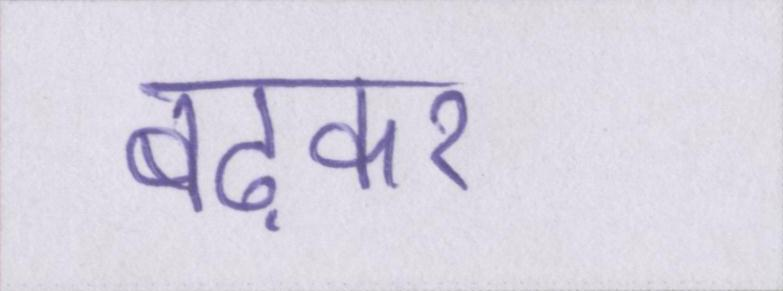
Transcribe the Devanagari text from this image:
बढ़कर